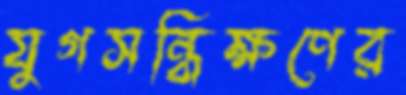
যুগসন্ধিক্ষণের